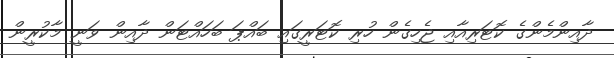
ދާއިންމެންގެ ކޮޓަރިއާއި ޖެހިގެން ހުރި ކޮޓަރީގައި ބައްޕަ ބަހައްޓަން ދާއިން ވަނީ މާކުރީން